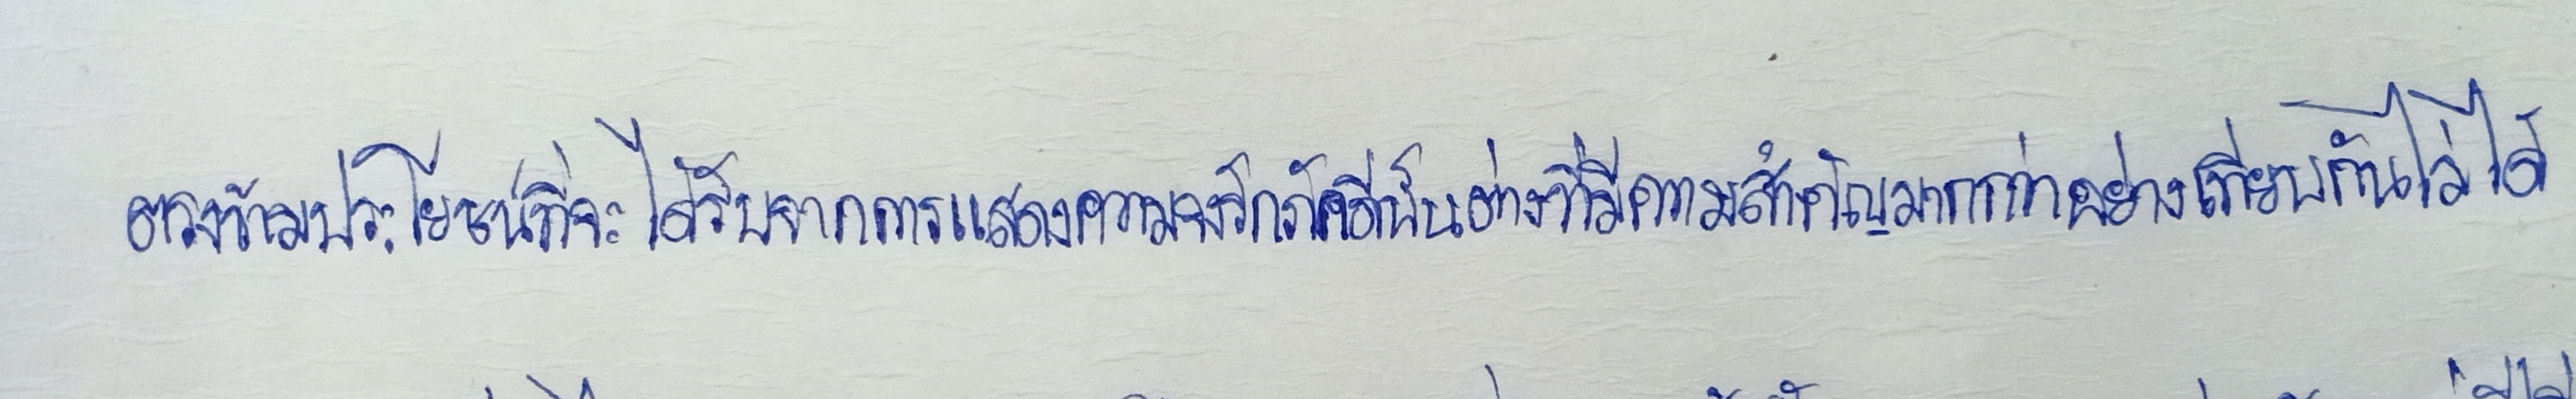
ตรงข้ามประโยชน์ที่จะได้รับจากการแสดงความจงรักภักดีนั้นต่างที่มีความสำคัญมากกว่าอย่างเทียบกันไม่ได้